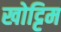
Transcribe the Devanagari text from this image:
खोट्टिम